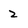
Character: 2